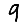
Digit: 9